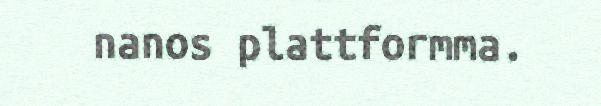
nanos plattformma.